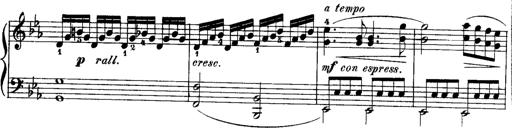
Title: Rondos and Sonatinas for Pianoforte
Composer: Daniel Steibelt